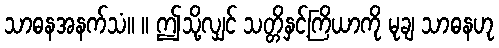
သာဓနအနက်သံ။ ။ ဤသို့လျှင် သတ္တိနှင့်ကြိယာကို မုချ သာဓနဟု